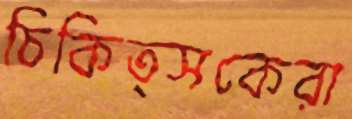
চিকিত্সকেরা